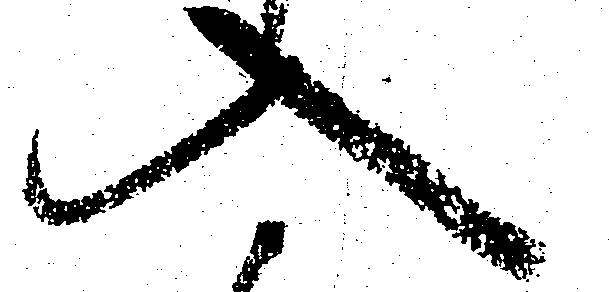
入